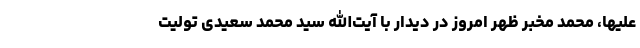
علیها، محمد مخبر ظهر امروز در دیدار با آیت‌الله سید محمد سعیدی تولیت